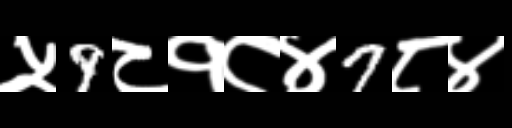
Text: ५9८१८४7८४